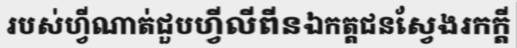
របស់ហ្វីណាត់ជួបហ្វីលីពីនឯកត្តជនស្វែងរកក្តី